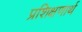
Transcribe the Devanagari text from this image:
प्रशिक्षणार्थ